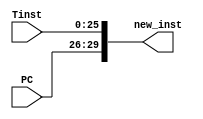
module concatenate(
input [3:0] PC,
input [25:0] Tinst,
output [29:0] new_inst
);

assign new_inst = {PC, Tinst};


endmodule